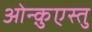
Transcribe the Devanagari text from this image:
ओन्क़ुएस्तु